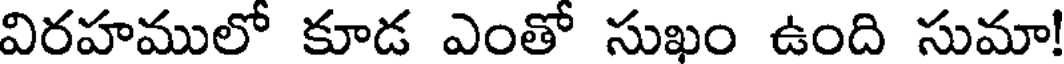
విరహములో కూడ ఎంతో సుఖం ఉంది సుమా!